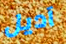
آديل